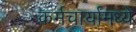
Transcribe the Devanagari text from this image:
कर्मचार्यांमध्ये